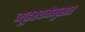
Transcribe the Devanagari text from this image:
व्यूहरचनेनुसार